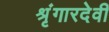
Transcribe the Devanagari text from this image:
श्रृंगारदेवी